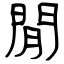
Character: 閒